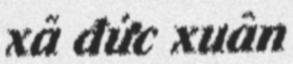
xã đức xuân